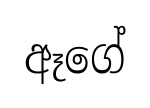
ඈගේ